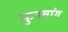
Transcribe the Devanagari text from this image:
फुनसांग